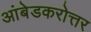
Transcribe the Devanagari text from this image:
आंबेडकरोत्तर